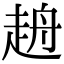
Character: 𧻖